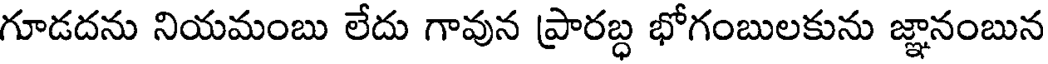
గూడదను నియమంబు లేదు గావున ప్రారబ్ధ భోగంబులకును జ్ఞానంబున